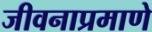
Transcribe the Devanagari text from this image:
जीवनाप्रमाणे